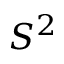
S ^ { 2 }